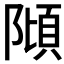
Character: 𨻺